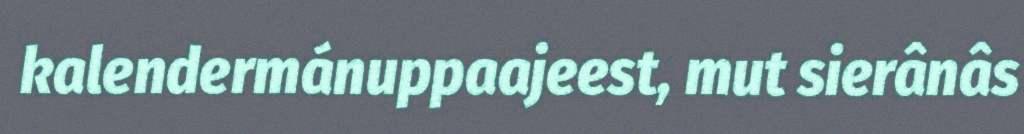
kalendermánuppaajeest, mut sierânâs